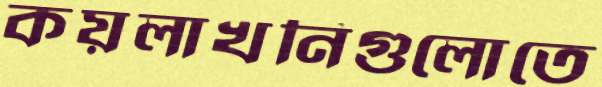
কয়লাখনিগুলোতে